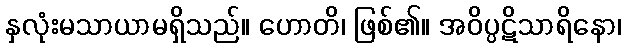
နှလုံးမသာယာမရှိသည်။ ဟောတိ၊ ဖြစ်၏။ အဝိပ္ပဋိသာရိနော၊